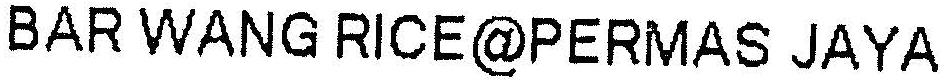
BAR WANG RICE@PERMAS JAYA